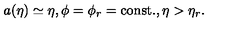
a ( \eta ) \simeq \eta , \phi = \phi _ { r } = \mathrm { c o n s t . } , \eta > \eta _ { r } .